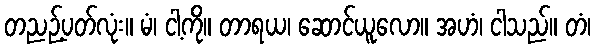
တညဉ့်ပတ်လုံး။ မံ၊ ငါ့ကို။ တာရယ၊ ဆောင်ယူလော။ အဟံ၊ ငါသည်။ တံ၊